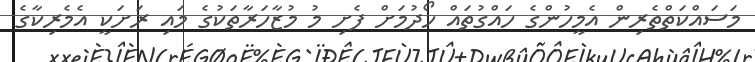
މަސައްކަތްތެރިން އެމީހުންގެ ހައްގުތައް ހޯދުމަށް ފެށި މު މުޒާހަރާތަކުގެ މައި ރަށަކީ އެމެރިކާގެ